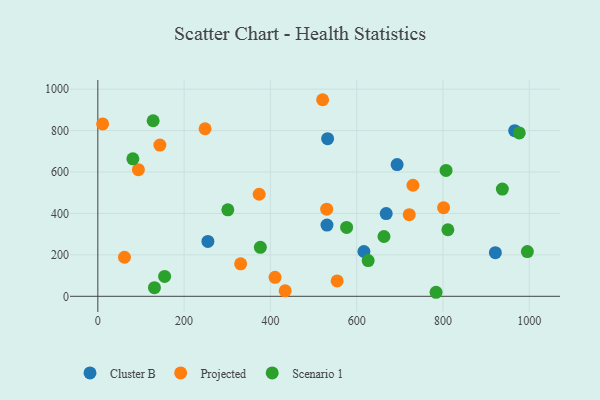
{"axis": {"x": "Price", "y": "Profit"}, "legend": ["Cluster B", "Projected", "Scenario 1"], "data": [{"x": "616.7", "y": 216.2, "type": "Cluster B"}, {"x": "255.1", "y": 265.0, "type": "Cluster B"}, {"x": "531.1", "y": 344.1, "type": "Cluster B"}, {"x": "921.4", "y": 210.5, "type": "Cluster B"}, {"x": "966.2", "y": 799.3, "type": "Cluster B"}, {"x": "668.4", "y": 399.2, "type": "Cluster B"}, {"x": "693.7", "y": 635.8, "type": "Cluster B"}, {"x": "532.6", "y": 760.9, "type": "Cluster B"}, {"x": "801.4", "y": 427.7, "type": "Projected"}, {"x": "730.4", "y": 536.2, "type": "Projected"}, {"x": "94.0", "y": 611.2, "type": "Projected"}, {"x": "61.7", "y": 188.5, "type": "Projected"}, {"x": "721.8", "y": 394.0, "type": "Projected"}, {"x": "530.4", "y": 420.5, "type": "Projected"}, {"x": "554.7", "y": 74.1, "type": "Projected"}, {"x": "374.0", "y": 492.6, "type": "Projected"}, {"x": "434.2", "y": 26.6, "type": "Projected"}, {"x": "143.8", "y": 730.1, "type": "Projected"}, {"x": "248.6", "y": 808.7, "type": "Projected"}, {"x": "521.0", "y": 948.9, "type": "Projected"}, {"x": "11.1", "y": 832.0, "type": "Projected"}, {"x": "410.7", "y": 91.9, "type": "Projected"}, {"x": "331.0", "y": 156.9, "type": "Projected"}, {"x": "995.6", "y": 216.1, "type": "Scenario 1"}, {"x": "663.2", "y": 288.7, "type": "Scenario 1"}, {"x": "937.6", "y": 517.6, "type": "Scenario 1"}, {"x": "576.6", "y": 332.3, "type": "Scenario 1"}, {"x": "301.3", "y": 417.6, "type": "Scenario 1"}, {"x": "154.8", "y": 96.1, "type": "Scenario 1"}, {"x": "81.2", "y": 663.4, "type": "Scenario 1"}, {"x": "376.7", "y": 236.4, "type": "Scenario 1"}, {"x": "976.8", "y": 788.8, "type": "Scenario 1"}, {"x": "783.9", "y": 19.5, "type": "Scenario 1"}, {"x": "128.2", "y": 847.4, "type": "Scenario 1"}, {"x": "807.1", "y": 607.8, "type": "Scenario 1"}, {"x": "131.2", "y": 41.5, "type": "Scenario 1"}, {"x": "811.3", "y": 321.2, "type": "Scenario 1"}, {"x": "626.6", "y": 172.7, "type": "Scenario 1"}]}